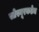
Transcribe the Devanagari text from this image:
सोस्यूरकडेच